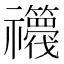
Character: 𮂫